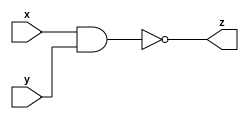
`timescale 1ns / 1ps
//////////////////////////////////////////////////////////////////////////////////
// Company: 
// Engineer: 
// 
// Design Name: 
// Module Name:    nand_db 
// Project Name: 
// Target Devices: 
// Tool versions: 
// Description: 
//
// Dependencies: 
//
// Revision: 
// Revision 0.01 - File Created
// Additional Comments: 
//
//////////////////////////////////////////////////////////////////////////////////
module nand_db(
    input x,y,
    output z
    );
	 
	 //gate
	 //nand nand_gate(z,x,y);
	 
	 //dataflow
	 assign z= !(x&y);


endmodule